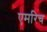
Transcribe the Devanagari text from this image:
एमरिच